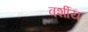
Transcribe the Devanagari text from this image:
वर्शीय